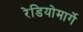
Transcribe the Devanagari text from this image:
रेडियोमार्गे